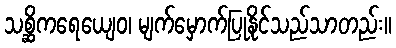
သစ္ဆိကရေယျေဝ၊ မျက်မှောက်ပြုနိုင်သည်သာတည်း။